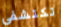
تكتشفي